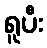
ရူပီး